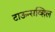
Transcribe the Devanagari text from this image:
टाऊन्सव्हिल